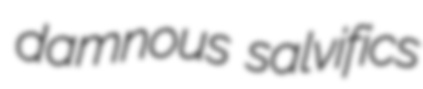
damnous salvifics